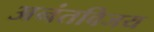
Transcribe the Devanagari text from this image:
अनंतविजय